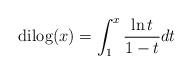
LaTeX: \begin{align*}{\rm dilog}(x)=\int_{1}^{x} {\ln{t}\over{1-t}}dt\end{align*}